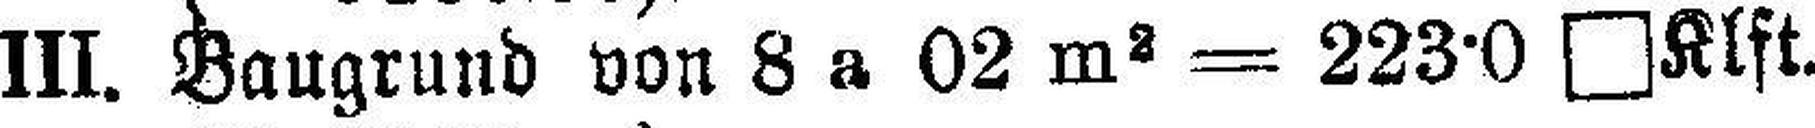
III. Baugrund von 8 a 02 m2 = 223·0 □KIft.